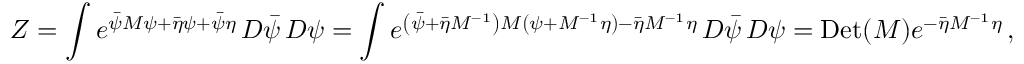
Z = \int e ^ { { \bar { \psi } } M \psi + { \bar { \eta } } \psi + { \bar { \psi } } \eta } \, D { \bar { \psi } } \, D \psi = \int e ^ { \left( { \bar { \psi } } + { \bar { \eta } } M ^ { - 1 } \right) M \left( \psi + M ^ { - 1 } \eta \right) - { \bar { \eta } } M ^ { - 1 } \eta } \, D { \bar { \psi } } \, D \psi = \mathrm { D e t } ( M ) e ^ { - { \bar { \eta } } M ^ { - 1 } \eta } \, ,